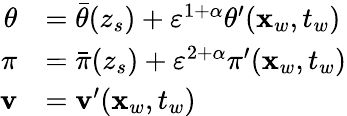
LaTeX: \begin{array}{rl}{\theta}&{=\bar{\theta}(z_{s})+{\varepsilon}^{1+\alpha}\theta^{\prime}(\mathbf{x}_{w},t_{w})}\\ {\pi}&{=\bar{\pi}(z_{s})+{\varepsilon}^{2+\alpha}\pi^{\prime}(\mathbf{x}_{w},t_{w})}\\ {\mathbf{v}}&{=\mathbf{v}^{\prime}(\mathbf{x}_{w},t_{w})}\end{array}